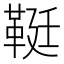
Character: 䩠